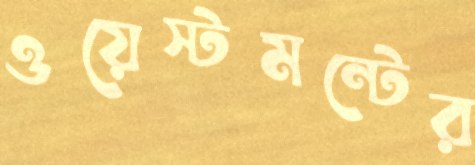
ওয়েস্টমন্টের